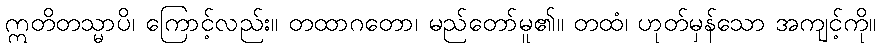
ဣတိတသ္မာပိ၊ ကြောင့်လည်း။ တထာဂတော၊ မည်တော်မူ၏။ တထံ၊ ဟုတ်မှန်သော အကျင့်ကို။